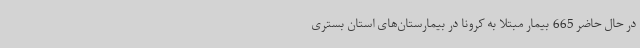
در حال حاضر 665 بیمار مبتلا به کرونا در بیمارستان‌های استان بستری